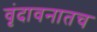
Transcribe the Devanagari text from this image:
वृंदावनातच